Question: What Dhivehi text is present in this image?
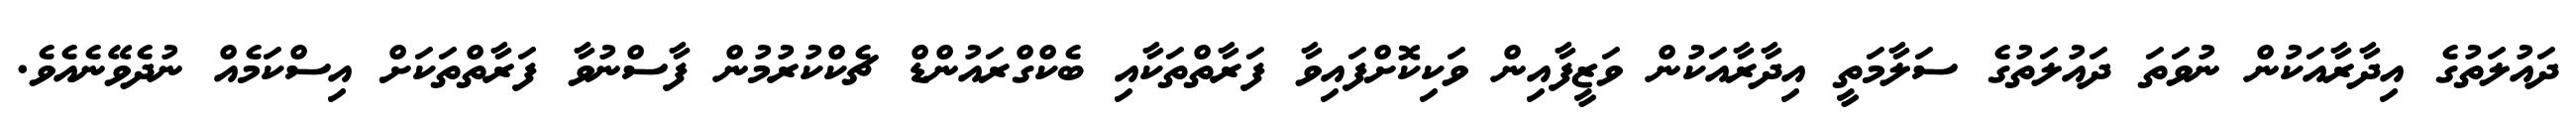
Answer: ދައުލަތުގެ އިދާރާއަކުން ނުވަތަ ދައުލަތުގެ ސަލާމަތީ އިދާރާއަކުން ވަޒީފާއިން ވަކިކޮށްފައިވާ ފަރާތްތަކާއި ބެކްގްރައުންޑް ޗެކްކުރުމުން ފާސްނުވާ ފަރާތްތަކަށް އިސްކަމެއް ނުދެވޭނެއެވެ.